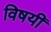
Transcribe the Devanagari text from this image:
विषयीं